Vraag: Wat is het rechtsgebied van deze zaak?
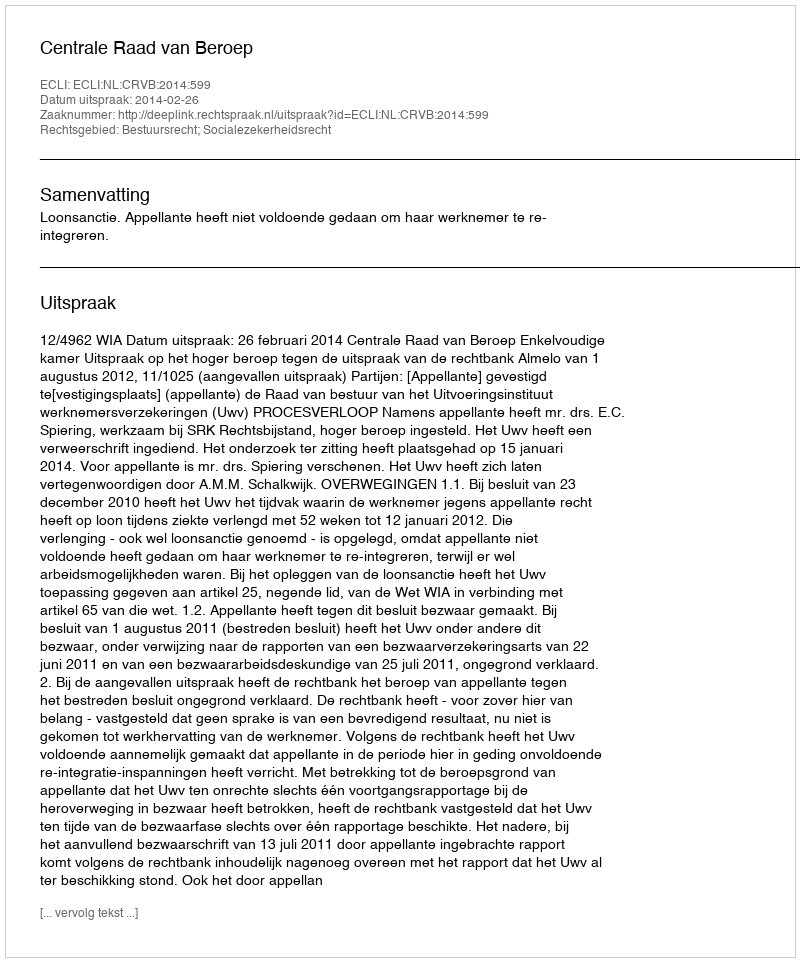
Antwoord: Bestuursrecht; Socialezekerheidsrecht